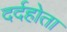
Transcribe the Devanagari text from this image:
दर्दहोता